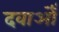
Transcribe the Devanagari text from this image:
दवाओँ